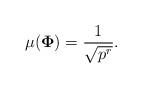
LaTeX: \begin{align*}\mu(\mathbf{\Phi})=\frac{1}{\sqrt{p^r}}.\end{align*}